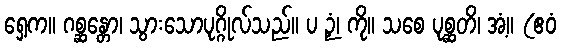
ရှေ့က။ ဂစ္ဆန္တော၊ သွားသောပုဂ္ဂိုလ်သည်။ ပ ဉှံ၊ ကို။ သစေ ပုစ္ဆတိ၊ အံ့။ (ဧဝံ